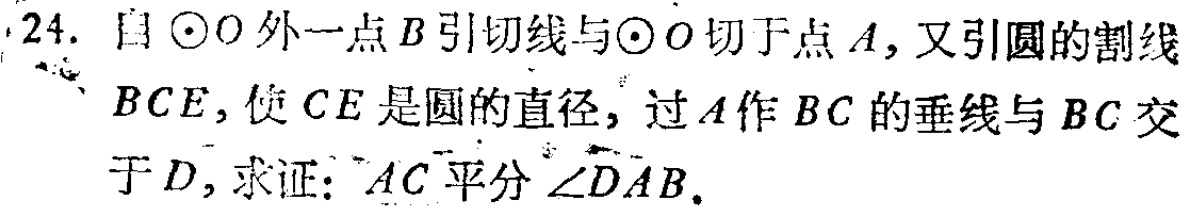
24. 自\(\odot O\)外一点\(B\)引切线与\(\odot O\)切于点\(A\)，又引圆的割线\(BCE\)，使\(CE\)是圆的直径，过\(A\)作\(BC\)的垂线与\(BC\)交于\(D\)，求证：\(AC\)平分\(\angle DAB\)。